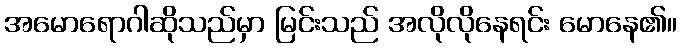
အမောရောဂါဆိုသည်မှာ မြင်းသည် အလိုလိုနေရင်း မောနေ၏။